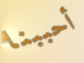
أحببنا